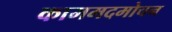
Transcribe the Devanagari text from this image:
काममदमोचन